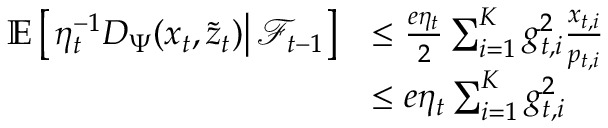
\begin{array} { r l } { \mathbb E \left[ \left. \eta _ { t } ^ { - 1 } D _ { \Psi } ( x _ { t } , \widetilde { z } _ { t } ) \right\rvert \mathcal F _ { t - 1 } \right] } & { \le \frac { e \eta _ { t } } 2 \sum _ { i = 1 } ^ { K } g _ { t , i } ^ { 2 } \frac { x _ { t , i } } { p _ { t , i } } } \\ & { \le e \eta _ { t } \sum _ { i = 1 } ^ { K } g _ { t , i } ^ { 2 } } \end{array}